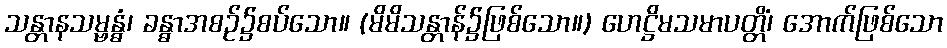
သန္တာနသမ္ဗန္ဓံ၊ ခန္ဓာအစဉ်၌စပ်သော။ (မိမိသန္တာန်၌ဖြစ်သော။) ဟေဋ္ဌိမသမာပတ္တိံ၊ အောက်ဖြစ်သော